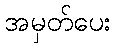
အမှတ်ပေး